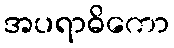
အပရာဓိကော